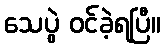
သေပွဲ ဝင်ခဲ့ရပြီ။